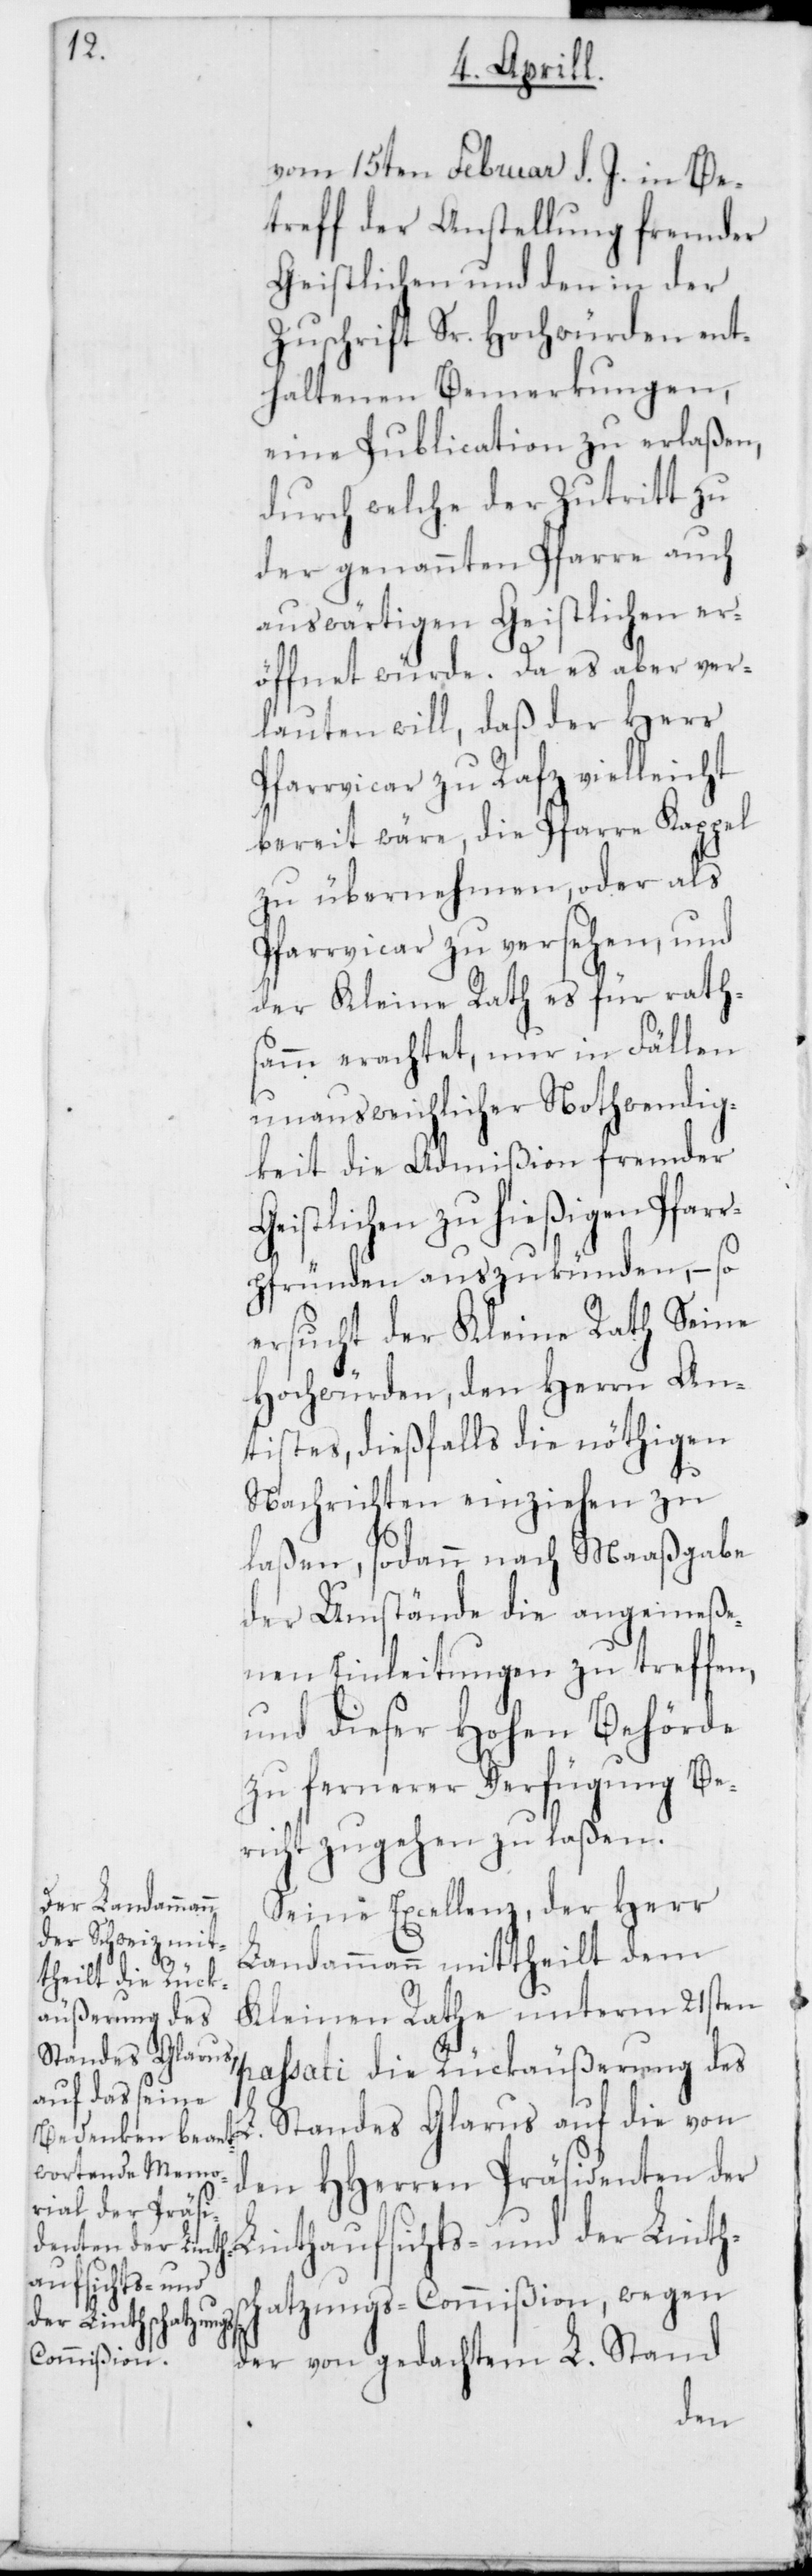
vom 15ten Februar d. J. in Be¬
treff der Anstellung fremder
Geistlichen und den in der
Zuschrift Sr. Hochwürden ent¬
haltenen Bemerkungen,
eine Publication zu erlaßen,
durch welche der Zutritt zu
der genannten Pfarre auch
auswärtigen Geistlichen er¬
öffnet würde. Da es aber ver¬
lauten will, daß der Herr
Pfarrvicar zu Rafz vielleicht
bereit wäre, die Pfarre Kappel
zu übernehmen oder als
Pfarrvicar zu versehen, und
der Kleine Rath es für raths¬
amm erachtet, nur in Fällen
unausweichlicher Nothwendig¬
keit die Admißion fremder
Geistlichen zu hießigen Pfar¬
rpfründen auszukünden, – so
ersucht der Kleine Rath Seine
Hochwürden, den Herrn An¬
tistes, dießfalls die nöthigen
Nachrichten einziehen zu
laßen, sodann nach Maaßgabe
der Umstände die angemeße¬
nen Einleitungen zu treffen,
und dieser Hohen Behörde
zu fernerer Verfügung Be¬
richt zugehen zu laßen.
Seine Excellenz, der Herr
Landammann mittheilt dem
Kleinen Rathe unterm 21sten
passati die Rückäußerung des
L. Standes Glarus auf die von
den HHerren Präsidenten der
Linthaufsichts- und der Linths¬
chatzungs-Commißion, wegen
der von gedachtem L. Stand